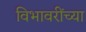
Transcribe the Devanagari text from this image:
विभावरींच्या